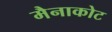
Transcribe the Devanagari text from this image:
मैनाकोट